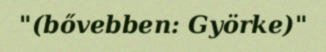
"(bővebben: Györke)"